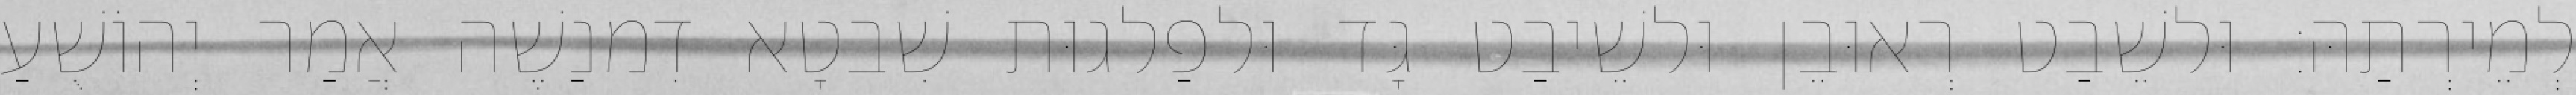
לְמֵירְתַהּ׃ וּלשֵׁבַט רְאוּבֵן וּלשֵׁיבַט גָּד וּלפַלגוּת שִׁבטָא דִמנַשֶׁה אֲמַר יְהוֹשֻׁעַ